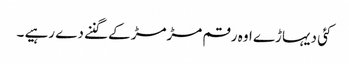
کئی دیہاڑے اوہ رقم مڑمڑ کے گننے دے رہیے ۔